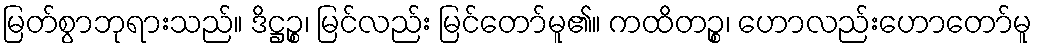
မြတ်စွာဘုရားသည်။ ဒိဋ္ဌဉ္စ၊ မြင်လည်း မြင်တော်မူ၏။ ကထိတဉ္စ၊ ဟောလည်းဟောတော်မူ